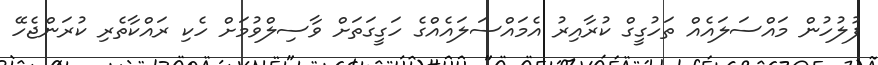
ފުލުހުން މައްސަލައެއް ތަހުގީގް ކުރާއިރު އެމައްސަލައެއްގެ ހަގީގަތަށް ވާސިލްވުމަށް ހެކި ރައްކާތެރި ކުރަންޖެހޭ